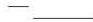
——___